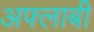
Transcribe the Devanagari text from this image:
अफ्लाबी